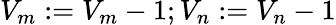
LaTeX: V_{m}:=V_{m}-1;V_{n}:=V_{n}-1